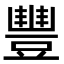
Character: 豐